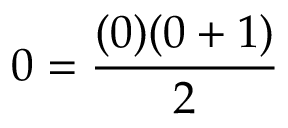
0 = { \frac { ( 0 ) ( 0 + 1 ) } { 2 } }